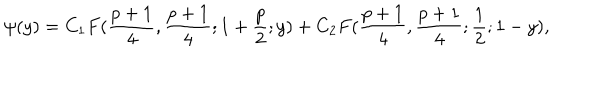
\psi ( y ) = C _ { 1 } F ( { \frac { p + 1 } { 4 } } , { \frac { p + 1 } { 4 } } ; 1 + { \frac { p } { 2 } } ; y ) + C _ { 2 } F ( { \frac { p + 1 } { 4 } } , { \frac { p + 1 } { 4 } } ; { \frac { 1 } { 2 } } ; 1 - y ) ,